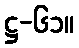
ဋ္ဌ-၆၁။